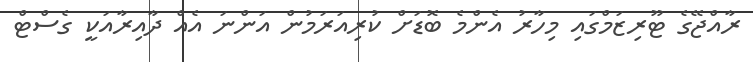
ރާއްޖޭގެ ޓޫރިޒަމްގައި މިހާރު އެންމެ ބޮޑަށް ކުރިއަރަމުން އަންނަ އެއް ދާއިރާއަކީ ގެސްޓް